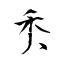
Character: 秂